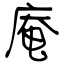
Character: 庵